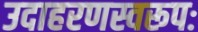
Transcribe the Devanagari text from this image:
उदाहरणस्वरूपः